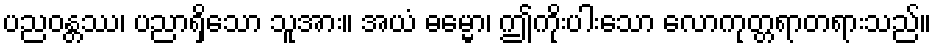
ပညဝန္တဿ၊ ပညာရှိသော သူအား။ အယံ ဓမ္မော၊ ဤကိုးပါးသော လောကုတ္တရာတရားသည်။